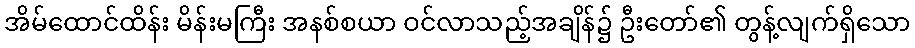
အိမ်ထောင်ထိန်း မိန်းမကြီး အနစ်စယာ ဝင်လာသည့်အချိန်၌ ဦးတော်၏ တွန့်လျက်ရှိသော